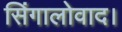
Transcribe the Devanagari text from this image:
सिंगालोवाद।